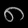
Digit: ၈